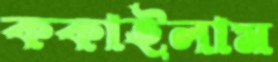
ককাইলাম